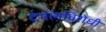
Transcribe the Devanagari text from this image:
दंगलविरोधी